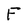
Character: F